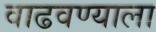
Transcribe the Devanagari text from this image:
वाढवण्याला